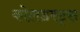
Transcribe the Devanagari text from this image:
कोलडस्ट्स